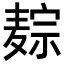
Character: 𪎏